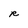
Character: R